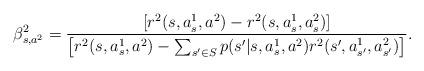
LaTeX: \begin{align*} \beta_{s,a^2}^2=\frac{\left[r^2(s,a_s^1,a^2)-r^2(s,a_s^1,a_s^2)\right]}{\left[r^2(s,a_{s}^1,a^2)-\sum_{s'\in S} p(s'|s,a_s^1,a^2)r^2(s',a_{s'}^1,a_{s'}^2)\right]}.\end{align*}